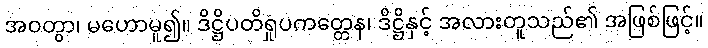
အဝတွာ၊ မဟောမူ၍။ ဒိဋ္ဌိပတိရှုပကတ္တေန၊ ဒိဋ္ဌိနှင့် အလားတူသည်၏ အဖြစ်ဖြင့်။